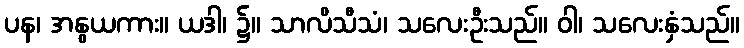
ပန၊ အနွယကား။ ယဒါ၊ ၌။ သာလိသီသံ၊ သလေးဦးသည်။ ဝါ၊ သလေးနှံသည်။